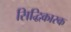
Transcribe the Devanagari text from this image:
सिद्धिकारक